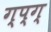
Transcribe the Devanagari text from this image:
ग्प्ग्